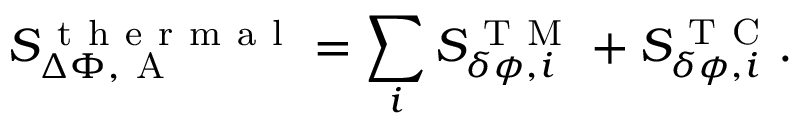
S _ { \Delta \Phi , \mathrm { ~ A ~ } } ^ { \mathrm { ~ t ~ h ~ e ~ r ~ m ~ a ~ l ~ } } = \sum _ { i } S _ { \delta \phi , i } ^ { \mathrm { ~ T ~ M ~ } } + S _ { \delta \phi , i } ^ { \mathrm { ~ T ~ C ~ } } .